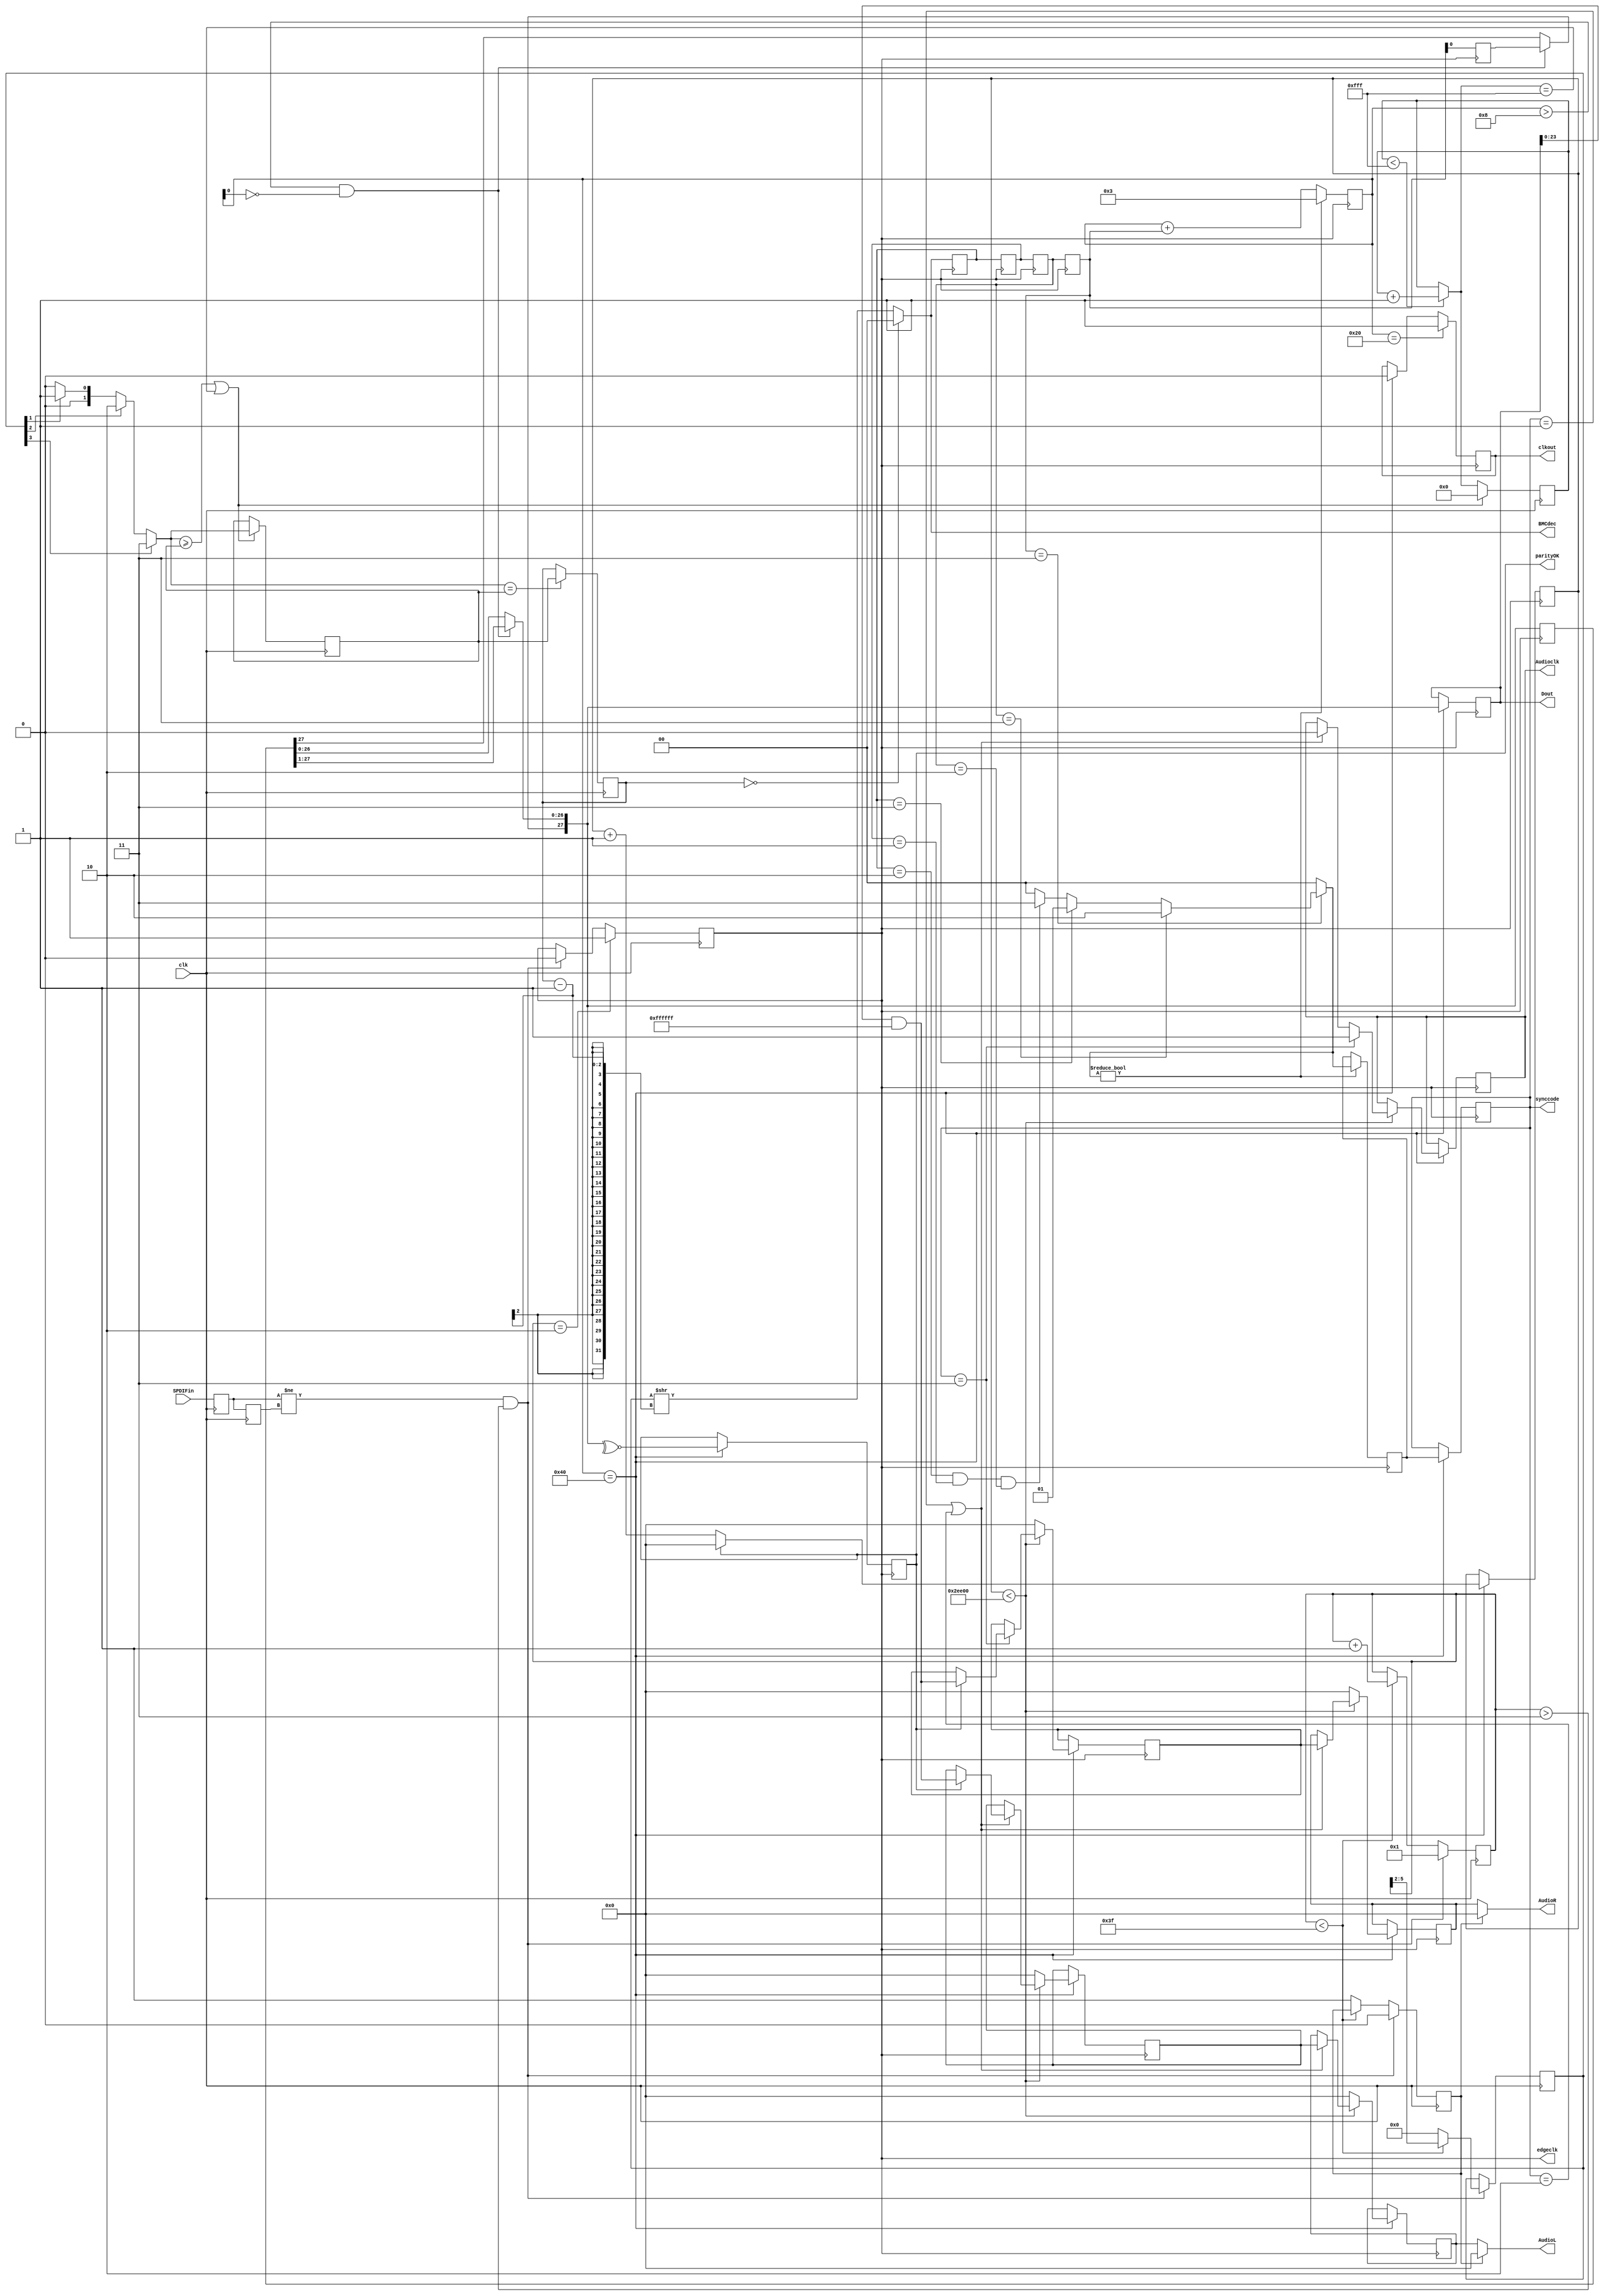
`timescale 1ns / 1ps

        module SPDIFdecoder(
    input SPDIFin,
	 output [1:0] BMCdec,
    input clk,
	 output reg edgeclk=0,
    output reg clkout=0,
    output reg [27:0] Dout=0,
	 output reg [1:0] synccode=0,//B=1,M=2,W=3,ERROR=0
		output reg parityOK=0,//1,0(paritycheck:OK=1,NG=0)
	 output [23:0] AudioL,
	 output [23:0] AudioR,
	 output reg Audioclk=0
	 
	 
    );
	 
	 reg [23:0] AudioL1=0;
	 reg [23:0] AudioR1=0;
	 
	 reg SPDIF1=0;
	 reg SPDIF2=0;
	 reg [11:0] freqcounter=0;
	 reg [5:0] timecounter=1;
	 reg [3:0] timereg=0;
	 reg [1:0] BMC0=0;
	 reg [1:0] BMC1=0;
	 reg [1:0] BMC2=0;
	 reg [1:0] BMC3=0;
	 reg [1:0] BMC4=0;
	 reg [6:0] countbits=0;
	 reg [1:0] syncreg=0;
	 reg [27:0] bufdat=0;
	 wire [1:0] synccodew;
	 wire [1:0] freqselw;
	 reg [1:0] freqselmax=0;
	 reg [1:0] freqsel=0;
	 reg [23:0] AudioLbuf=0;
	 reg [23:0] AudioRbuf=0;
	 reg [23:0] timeoutdt=0;
	 reg noneSIGNAL=0;
	 
	 assign AudioL=noneSIGNAL?0:AudioL1;
	 assign AudioR=noneSIGNAL?0:AudioR1;

	 ///////////////////////////////////////////////////
		always @(posedge clk)begin//(pulse time detection)
		SPDIF1<=SPDIFin;//
		SPDIF2<=SPDIF1;
		
			if((SPDIF1!=SPDIF2)&&(timecounter>3))begin//(changing edge detection )
			noneSIGNAL=0;
				edgeclk=0;//(changing edge clock )
			timereg<= (timecounter<6'h3f)?(timecounter>>2):0;
			timecounter<=1;
		end else if(timecounter<6'h3f)timecounter<=timecounter+1;
		else noneSIGNAL=1;
		if(timecounter==2)edgeclk=1;
		
	 end
	 
		////////////////(auto frequency detection)//////////////////////////////////
	 assign freqselw=timereg[3]?3:(timereg[2]?2:(timereg[1]?1:0));
	 always @(posedge clk)begin//frequency detector	 
		if(freqcounter<12'hfff)freqcounter=freqcounter+1;
		
		if((freqselw>=freqselmax)||freqcounter==12'hfff)begin
			freqselmax<=freqselw;
			freqcounter=0;
		end	
		
		if((freqselw==freqselmax)/*&&(freqselmax!=0)*/)freqsel<=freqselmax;
		//freqsel<=1;//192kHz
	 end
	 
		/////////////////BMC(convert time width signal to pulse signal)//////////////////////////////////////
	 assign BMCdec=(freqsel==0)?0:(timereg>>(freqsel-1));
	 
		/////////////////(output subframe)////////////////////////////////////////////////
	 assign synccodew=(BMC3==3)?(BMC2==3?2:(BMC0==3?1:((BMC0==2&&BMC1==1&&BMC2==2)?3:0))):0;//1:B,2:M,3:W,0:Error
	 
	 always @(posedge edgeclk)begin//
		 BMC0<=BMCdec;
		 BMC1<=BMC0;
		 BMC2<=BMC1;
		 BMC3<=BMC2;
		 BMC4<=BMC3;
		 
		 if(synccodew!=0)begin
			countbits<=3;
			syncreg<=synccodew;
		 end else begin
			countbits<=countbits+BMC3;
		 end
		 
		 if(countbits>8&&countbits[0]==0)begin
			bufdat=bufdat>>1;
			bufdat[27]=BMC4[0];
		 end
		 
		 if(countbits==7'h40)begin//
			parityOK<=~^bufdat;
			Dout<=bufdat;
			synccode<=syncreg;
			clkout<=0;
			if(parityOK)timeoutdt<=0;
			else timeoutdt<=timeoutdt+1;
			if(timeoutdt<192000)begin
				if((synccode==1)||(synccode==2))begin//LR
					AudioL1<=AudioLbuf;
					AudioR1<=AudioRbuf;
					if(parityOK)AudioLbuf<=Dout&24'hffffff;
					Audioclk<=0;
				end
				if(synccode==3)begin
					Audioclk<=1;
					if(parityOK)AudioRbuf<=Dout&24'hffffff;//R
				end
			end else begin
				AudioL1<=0;
				AudioR1<=0;
				AudioLbuf<=0;
				AudioRbuf<=0;
			end
			
		 end
		 
		 if(countbits==7'h20)clkout<=1;	 
		 
	 end


endmodule